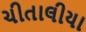
ચીતાલીયા